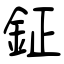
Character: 鉦